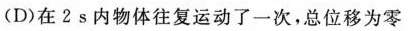
(D)在2s内物体往复运动了一次，总位移为零